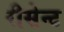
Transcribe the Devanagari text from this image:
रीसेन्ट